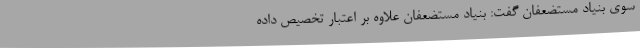
سوی بنیاد مستضعفان گفت: بنیاد مستضعفان علاوه بر اعتبار تخصیص داده